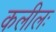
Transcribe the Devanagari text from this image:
कलीलः